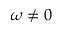
\omega \ne 0